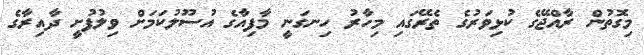
މިގޮތުން ރާއްޖޭގެ ކުޅިވަރުގެ ތެރޭގައި މިހާރު ހިނގަނީ މާފިއާގެ އުސޫލުކަމަށް ވިލުފުށީ ދާއިރާގެ